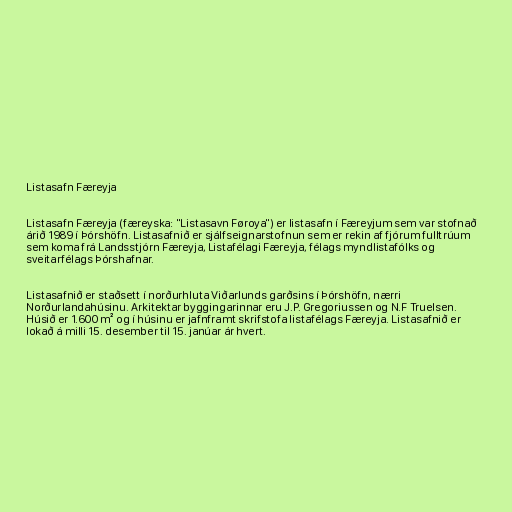
Listasafn Færeyja

Listasafn Færeyja (færeyska: "Listasavn Føroya") er listasafn í Færeyjum sem var stofnað
árið 1989 í Þórshöfn. Listasafnið er sjálfseignarstofnun sem er rekin af fjórum fulltrúum
sem koma frá Landsstjórn Færeyja, Listafélagi Færeyja, félags myndlistafólks og
sveitarfélags Þórshafnar.

Listasafnið er staðsett í norðurhluta Viðarlunds garðsins í Þórshöfn, nærri
Norðurlandahúsinu. Arkitektar byggingarinnar eru J.P. Gregoriussen og N.F Truelsen.
Húsið er 1.600 m² og í húsinu er jafnframt skrifstofa listafélags Færeyja. Listasafnið er
lokað á milli 15. desember til 15. janúar ár hvert.